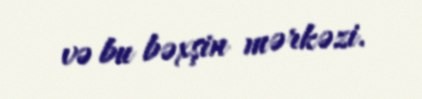
və bu bəxşin mərkəzi.